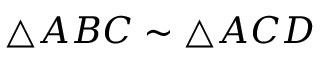
\triangle A B C \sim \triangle A C D